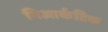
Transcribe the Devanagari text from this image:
निआर्कटिक